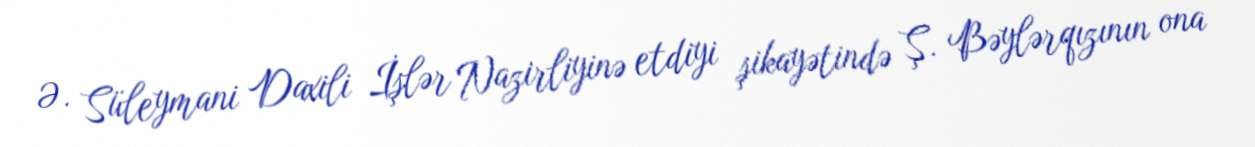
Ə. Süleymani Daxili İşlər Nazirliyinə etdiyi şikayətində Ş. Bəylərqızının ona